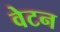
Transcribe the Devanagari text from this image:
वेटन